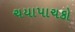
ચયાપાચકો